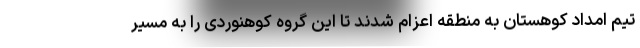
تیم امداد کوهستان به منطقه اعزام شدند تا این گروه کوهنوردی را به مسیر